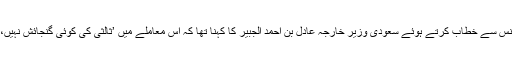
سعودی دارالحکومت میں ایک نیوز کانفرنس سے خطاب کرتے ہوئے سعودی وزیر خارجہ عادل بن احمد الجبير کا کہنا تھا کہ اس معاملے میں ’ثالثی کی کوئی گنجائش نہیں، ایک غلطی کی گئی جسے سدھارنا ہوگا‘۔